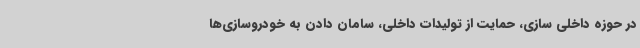
در حوزه داخلی سازی، حمایت از تولیدات داخلی، سامان دادن به خودروسازی‌ها